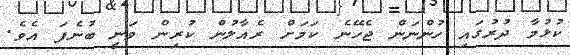
ކުޅުމާ ދުރުގައި ހުންނަން ޖެހޭނެ ކަމަށް ރެއާލުން ކުރިން ވަނީ ބުނެފަ އެވެ.